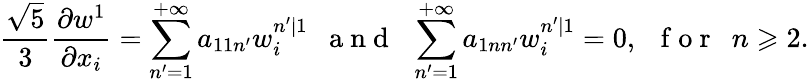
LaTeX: \frac{\sqrt{5}}{3}\frac{\partial w^{1}}{\partial x_{i}}=\sum_{n^{\prime}=1}^{+\infty}a_{11n^{\prime}}w_{i}^{n^{\prime}|1}\mathrm{~~~a~n~d~~~}\sum_{n^{\prime}=1}^{+\infty}a_{1nn^{\prime}}w_{i}^{n^{\prime}|1}=0,\mathrm{~~~f~o~r~~~}n\geqslant 2.